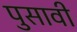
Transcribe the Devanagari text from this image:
पुसावी